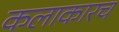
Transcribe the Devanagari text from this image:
कलाकारच